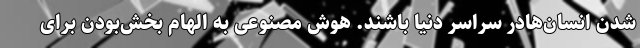
شدن انسان‌هادر سراسر دنیا باشند. هوش مصنوعی به الهام بخش‌بودن برای